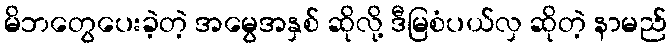
မိဘတွေပေးခဲ့တဲ့ အမွေအနှစ် ဆိုလို့ ဒီမြစံပယ်လှ ဆိုတဲ့ နာမည်